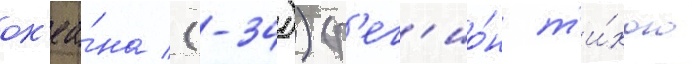
ок'еа́на (-34)) (р'ег'ио́н т'и́хого